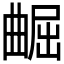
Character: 𫵢